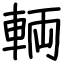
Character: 輌